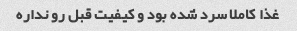
غذا کاملا سرد شده بود و کیفیت قبل رو نداره